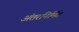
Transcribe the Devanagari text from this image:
अंतरनिर्मित